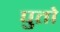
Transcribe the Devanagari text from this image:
पुतो